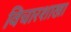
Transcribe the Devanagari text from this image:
विचारशाखा